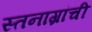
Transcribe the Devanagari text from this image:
स्तनाग्रांची